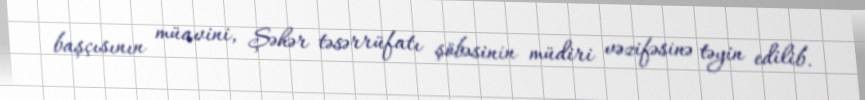
başçısının müavini, Şəhər təsərrüfatı şöbəsinin müdiri vəzifəsinə təyin edilib.